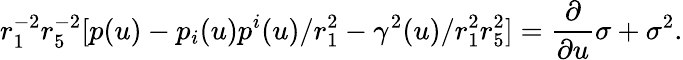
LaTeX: r_{1}^{-2}r_{5}^{-2}[p(u)-p_{i}(u)p^{i}(u)/r_{1}^{2}-\gamma^{2}(u)/r_{1}^{2}r_{5}^{2}]={\frac{\partial}{\partial u}}{\sigma}+\sigma^{2}.